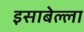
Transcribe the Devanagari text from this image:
इसाबेल्ला